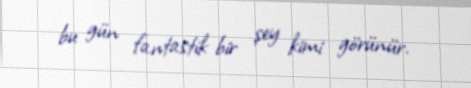
bu gün fantastik bir şey kimi görünür.